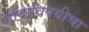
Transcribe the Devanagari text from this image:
गावाविषयीचा